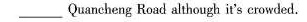
___Quancheng Road although it's crowded.